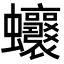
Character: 𧖗